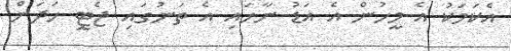
އެކަމަކު އެ މީހުން އެ އަޑު ނާހައި އެ ތަނުގައި ޖެޓީ ހަދަން